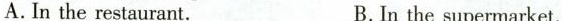
A.In the restaurant. B.In the supermarket.